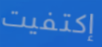
إكتفيت